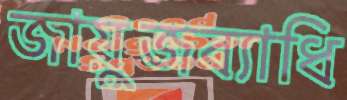
জায়ুজব্যাধি